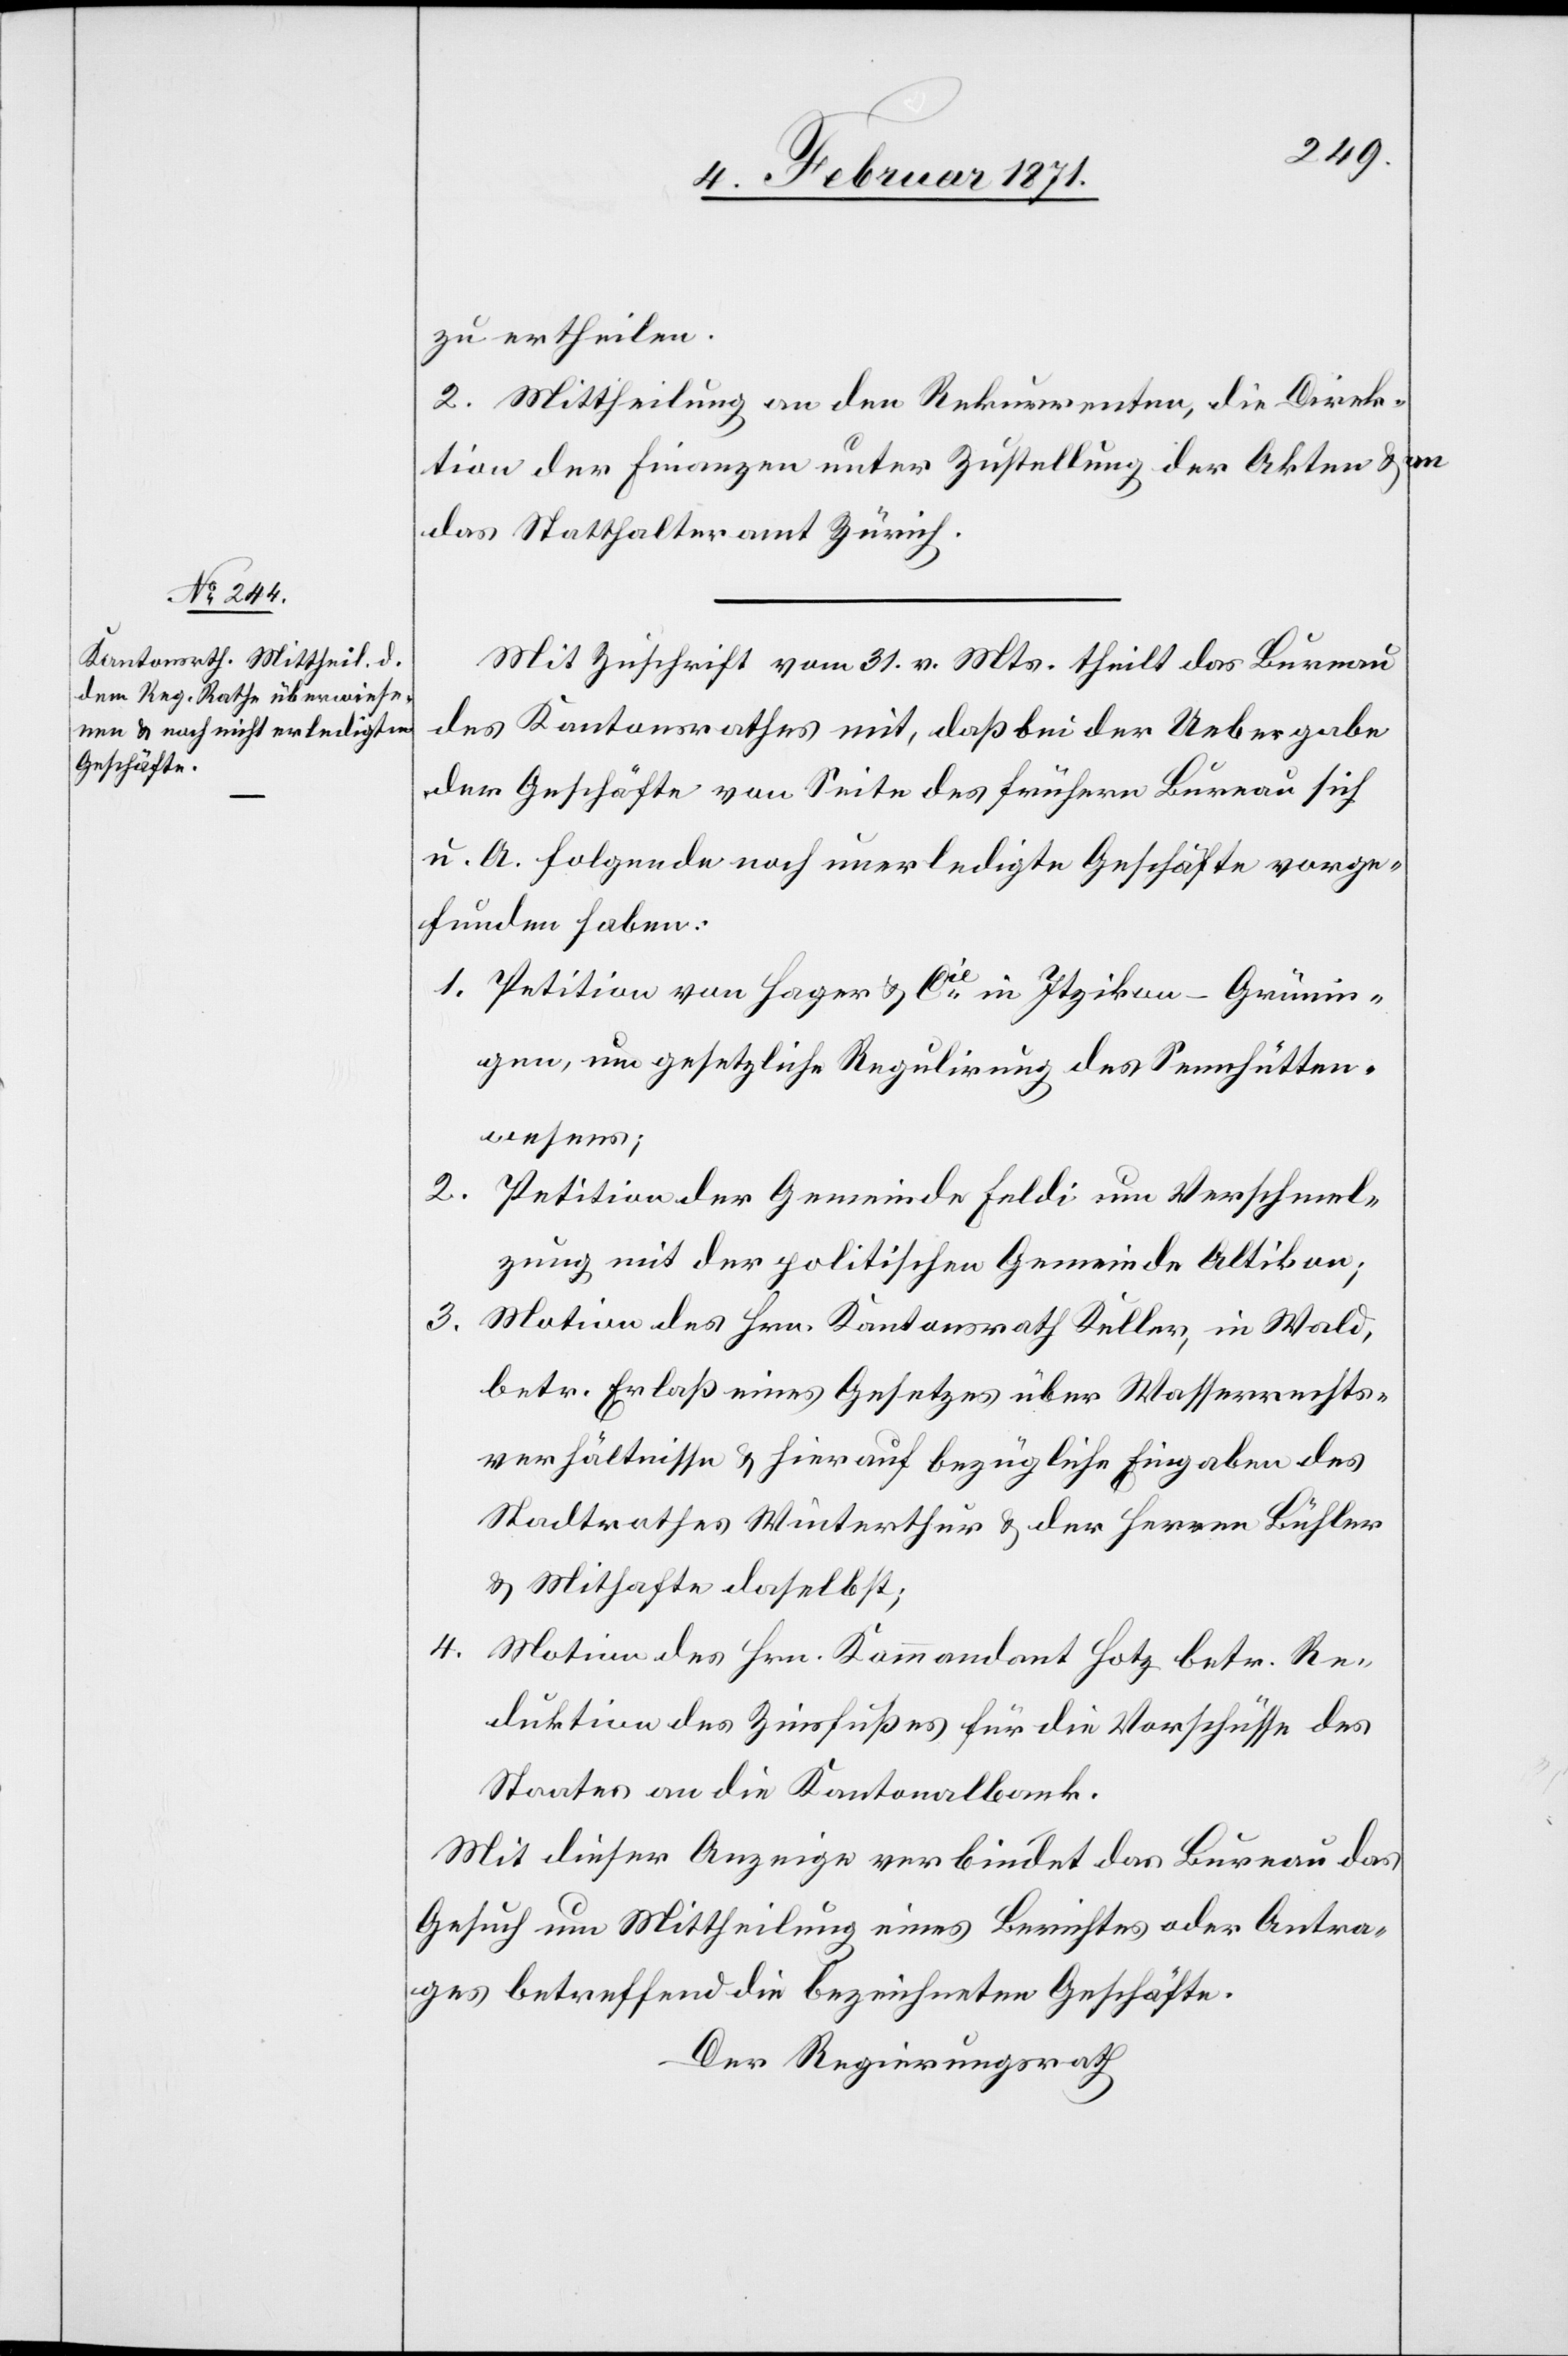
zu ertheilen.
2. Mittheilung an den Rekurrenten, die Direk¬
tion der Finanzen unter Zustellung der Akten u. an
das Statthalteramt Zürich.
Mit Zuschrift vom 31. v. Mts. theilt das Bureau
des Kantonsrathes mit, daß bei der Uebergabe
der Geschäfte von Seite des frühern Bureau sich
u. A. folgende noch unerledigte Geschäfte vorge¬
funden haben:
1. Petition von Hager & Cie. in Itzikon-Grünin¬
gen, um gesetzliche Regulirung des Sennhütten¬
wesens;
2.
Petition der Gemeinde Feldi um Verschmel¬
zung mit der politischen Gemeinde Altikon;
3.
Motion des Hrn. Kantonsrath Keller, in Wald,
betr. Erlaß eines Gesetzes über Wasserrechts¬
verhältnisse u. hierauf bezügliche Eingaben des
Stadtrathes Winterthur u. der Herren Bühler
u. Mithafte daselbst;
4.
Motion des Hrn. Kommandant Hotz betr. Re¬
duktion des Zinsfußes für die Vorschüsse des
Staates an die Kantonalbank.
Mit dieser Anzeige verbindet das Bureau das
Gesuch um Mittheilung eines Berichtes oder Antra¬
ges betreffend die bezeichneten Geschäfte.
Der Regierungsrath